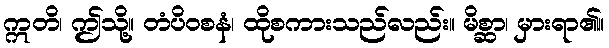
ဣတိ၊ ဤသို့။ တံပိဝစနံ၊ ထိုစကားသည်လည်း။ မိစ္ဆာ၊ မှားရာ၏။